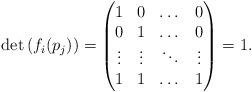
LaTeX: \begin{align*} \det\left( f_i(p_j) \right) = \begin{pmatrix} 1 & 0 &\dots & 0 \\ 0 & 1 &\dots & 0 \\ \vdots & \vdots &\ddots & \vdots \\ 1 & 1 & \dots & 1 \end{pmatrix} = 1. \end{align*}